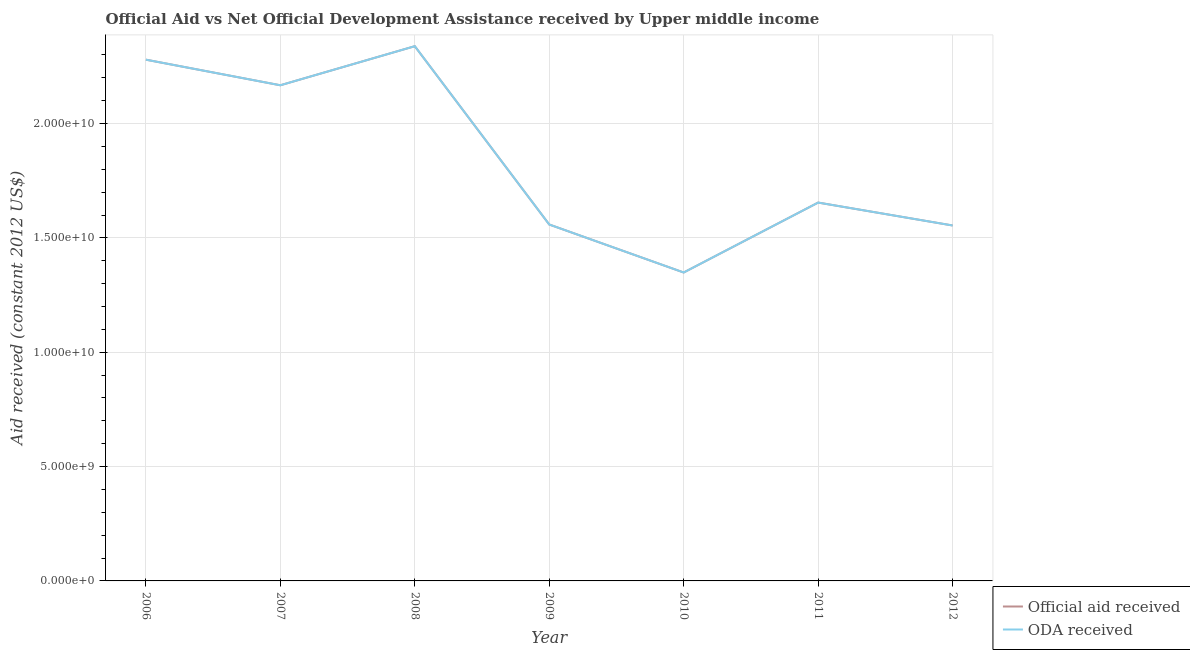
| Year | Official aid received | ODA received |
 | --- | --- | --- |
 | 2006 | 2.28e+10 | 2.28e+10 |
 | 2007 | 2.17e+10 | 2.17e+10 |
 | 2008 | 2.34e+10 | 2.34e+10 |
 | 2009 | 1.56e+10 | 1.56e+10 |
 | 2010 | 1.35e+10 | 1.35e+10 |
 | 2011 | 1.65e+10 | 1.65e+10 |
 | 2012 | 1.55e+10 | 1.55e+10 |